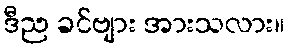
ဒီည ခင်ဗျား အားသလား။